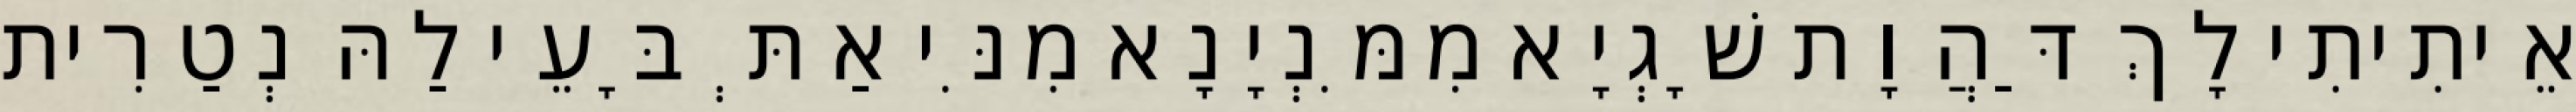
אֵיתִיתִי לָךְ דַּהֲוָת שָׁגְיָא מִמִּנְיָנָא מִנִּי אַתְּ בָּעֵי לַהּ נְטַרִית